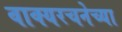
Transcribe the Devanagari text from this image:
वाक्यरचनेच्या